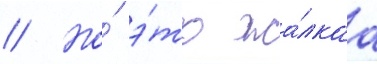
// Но́ э́то жа́лкаа